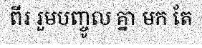
ពីរ រួមបញ្ចូល គ្នា មក តែ